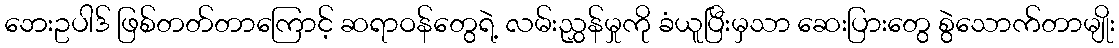
ဘေးဥပါဒ် ဖြစ်တတ်တာကြောင့် ဆရာဝန်တွေရဲ့ လမ်းညွှန်မှုကို ခံယူပြီးမှသာ ဆေးပြားတွေ စွဲသောက်တာမျိုး